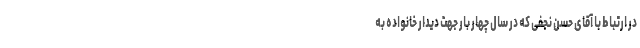
در ارتباط با آقای حسن نجفی که در سال چهار بار جهت دیدار خانواده به